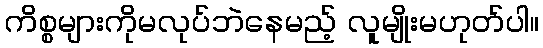
ကိစ္စများကိုမလုပ်ဘဲနေမည့် လူမျိုးမဟုတ်ပါ။